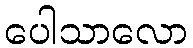
ပေါသာလော